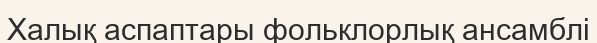
Халық аспаптары фольклорлық ансамблі